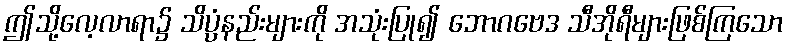
ဤသို့လေ့လာရာ၌ သိပ္ပံနည်းများကို အသုံးပြု၍ ဘောဂဗေဒ သီအိုရီများဖြစ်ကြသော